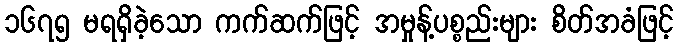
၁၆၇၅ မရရှိခဲ့သော ကက်ဆက်ဖြင့် အမှုန့်ပစ္စည်းများ စိတ်အခံဖြင့်